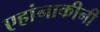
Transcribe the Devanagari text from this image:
एहांनाकीनी